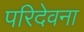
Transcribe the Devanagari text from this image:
परिदेवना